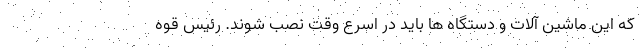
که این ماشین آلات و دستگاه ها باید در اسرع وقت نصب شوند. رئیس قوه